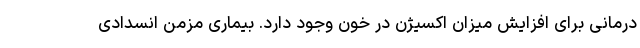
درمانی برای افزایش میزان اکسیژن در خون وجود دارد. بیماری مزمن انسدادی